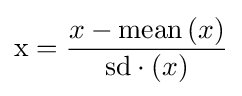
\mathrm {x} ={\frac {x-\operatorname {mean} \left(x\right)}{\mathrm {s} \mathrm {d} \cdot \left(x\right)}}